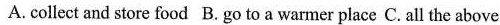
A.collect and store food B. Go to a warmer place C. All the above